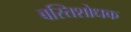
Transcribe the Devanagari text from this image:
बस्तिशोधक